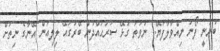
ބުނަނީ ފޯނު ނިއްވާލާފަޔޭ.. ނުވަތަ ގުޅޭ ސަރަޙައްދުން ބޭރުގައޭ ލިލިއަން އޭނާގެ ނިތަށް